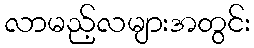
လာမည့်လများအတွင်း